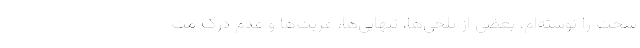
سخت را نوشته‌ام، بعضی از تلخی‌ها، تنهایی‌ها، غربت‌ها و عدم درک مت